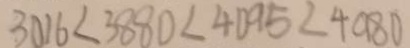
3 0 1 6 < 3 8 8 0 < 4 0 9 5 < 4 0 8 0